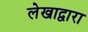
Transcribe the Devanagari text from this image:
लेखाद्वारा